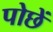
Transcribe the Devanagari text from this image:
पोछें